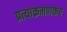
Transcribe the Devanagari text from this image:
प्रत्याक्रमणकर